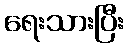
ရေးသားပြီး